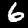
Label: 6